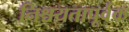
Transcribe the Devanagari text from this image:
निश्चयतापूर्वक